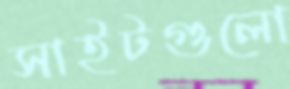
সাইটগুলো